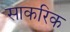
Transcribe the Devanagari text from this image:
साकरिक